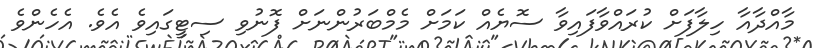
މާއްދާއާ ހިލާފަށް ކުރައްވާފައިވާ ސޮޔެއް ކަމަށް މެމްބަރުންނަށް ފޮނުވި ސިޓީގައިވެ އެވެ. އެހެންވެ